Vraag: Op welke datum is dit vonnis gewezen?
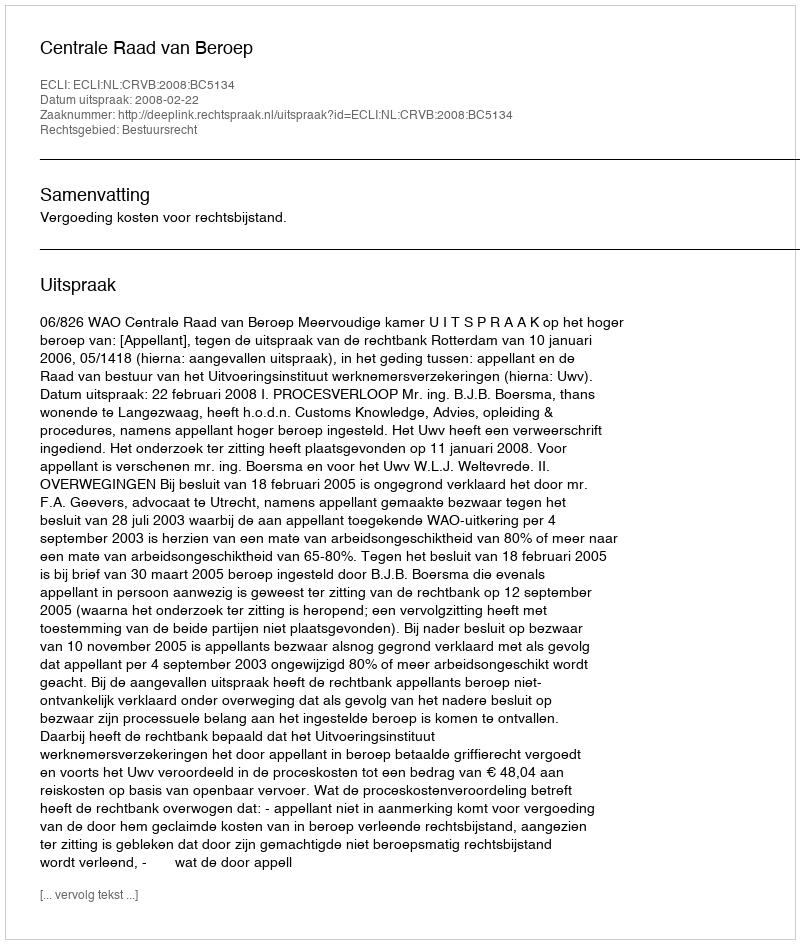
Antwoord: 2008-02-22